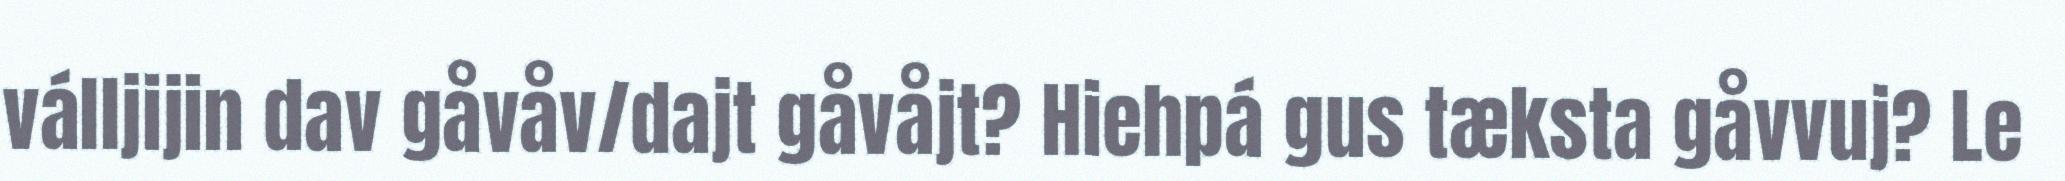
válljijin dav gåvåv/dajt gåvåjt? Hiehpá gus tæksta gåvvuj? Le